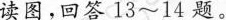
读图，回答13~14题。